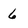
Character: 6